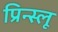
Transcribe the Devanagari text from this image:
प्रिन्स्लू